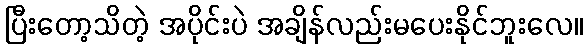
ပြီးတော့သိတဲ့ အပိုင်းပဲ အချိန်လည်းမပေးနိုင်ဘူးလေ။